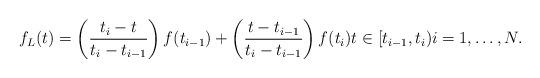
LaTeX: \begin{align*}f_L(t) = \left( \frac{t_i - t}{t_i - t_{i-1}} \right) f (t_{i-1}) + \left( \frac{t - t_{i-1}}{t_i - t_{i-1}}\right) f (t_{i}) t \in [t_{i-1}, t_i) i = 1,\dots,N.\end{align*}